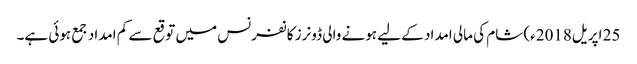
25 اپریل2018ء) شام کی مالی امداد کے لیے ہونے والی ڈونرز کانفرنس میں توقع سے کم امداد جمع ہوئی ہے۔